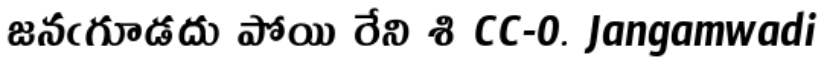
జనఁగూడదు పోయి రేని శి CC-0. Jangamwadi